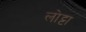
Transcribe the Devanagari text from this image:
लोट्टा